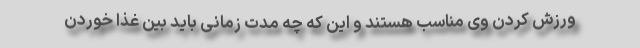
ورزش کردن وی مناسب هستند و این که چه مدت زمانی باید بین غذا خوردن